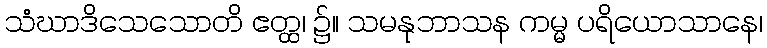
သံဃာဒိသေသောတိ ဧတ္ထ၊ ၌။ သမနုဘာသန ကမ္မ ပရိယောသာနေ၊